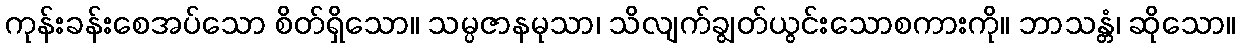
ကုန်းခန်းစေအပ်သော စိတ်ရှိသော။ သမ္ပဇာနမုသာ၊ သိလျက်ချွတ်ယွင်းသောစကားကို။ ဘာသန္တံ၊ ဆိုသော။